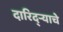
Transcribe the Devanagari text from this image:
दारिद्‌ऱ्याचे